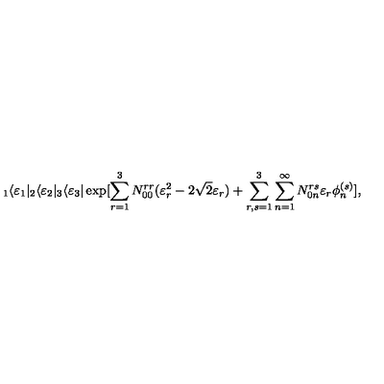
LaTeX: _ 1 \langle \varepsilon _ { 1 } | _ { 2 } \langle \varepsilon _ { 2 } | _ { 3 } \langle \varepsilon _ { 3 } | \exp [ \sum _ { r = 1 } ^ { 3 } N _ { 0 0 } ^ { r r } ( \varepsilon _ { r } ^ { 2 } - 2 \sqrt { 2 } \varepsilon _ { r } ) + \sum _ { r , s = 1 } ^ { 3 } \sum _ { n = 1 } ^ { \infty } N _ { 0 n } ^ { r s } \varepsilon _ { r } \phi _ { n } ^ { ( s ) } ] ,